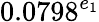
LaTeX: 0.0798^{e_{1}}